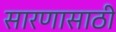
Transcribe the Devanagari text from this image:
सारणासाठी